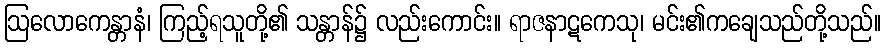
ဩလောကေန္တာနံ၊ ကြည့်ရသူတို့၏ သန္တာန်၌ လည်းကောင်း။ ရာဇနာဋကေသု၊ မင်း၏ကချေသည်တို့သည်။